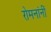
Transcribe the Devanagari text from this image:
रोमनांनीं